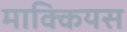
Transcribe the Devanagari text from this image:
माक्कियस